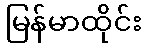
မြန်မာထိုင်း